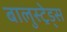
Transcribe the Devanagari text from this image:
बालुस्‍ट्रेड्स